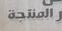
المنتجة